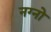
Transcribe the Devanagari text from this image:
नग्नो